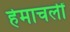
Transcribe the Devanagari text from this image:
हेमाचलीं